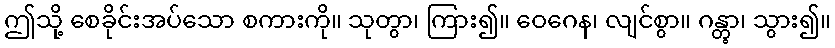
ဤသို့ စေခိုင်းအပ်သော စကားကို။ သုတွာ၊ ကြား၍။ ဝေဂေန၊ လျင်စွာ။ ဂန္တွာ၊ သွား၍။